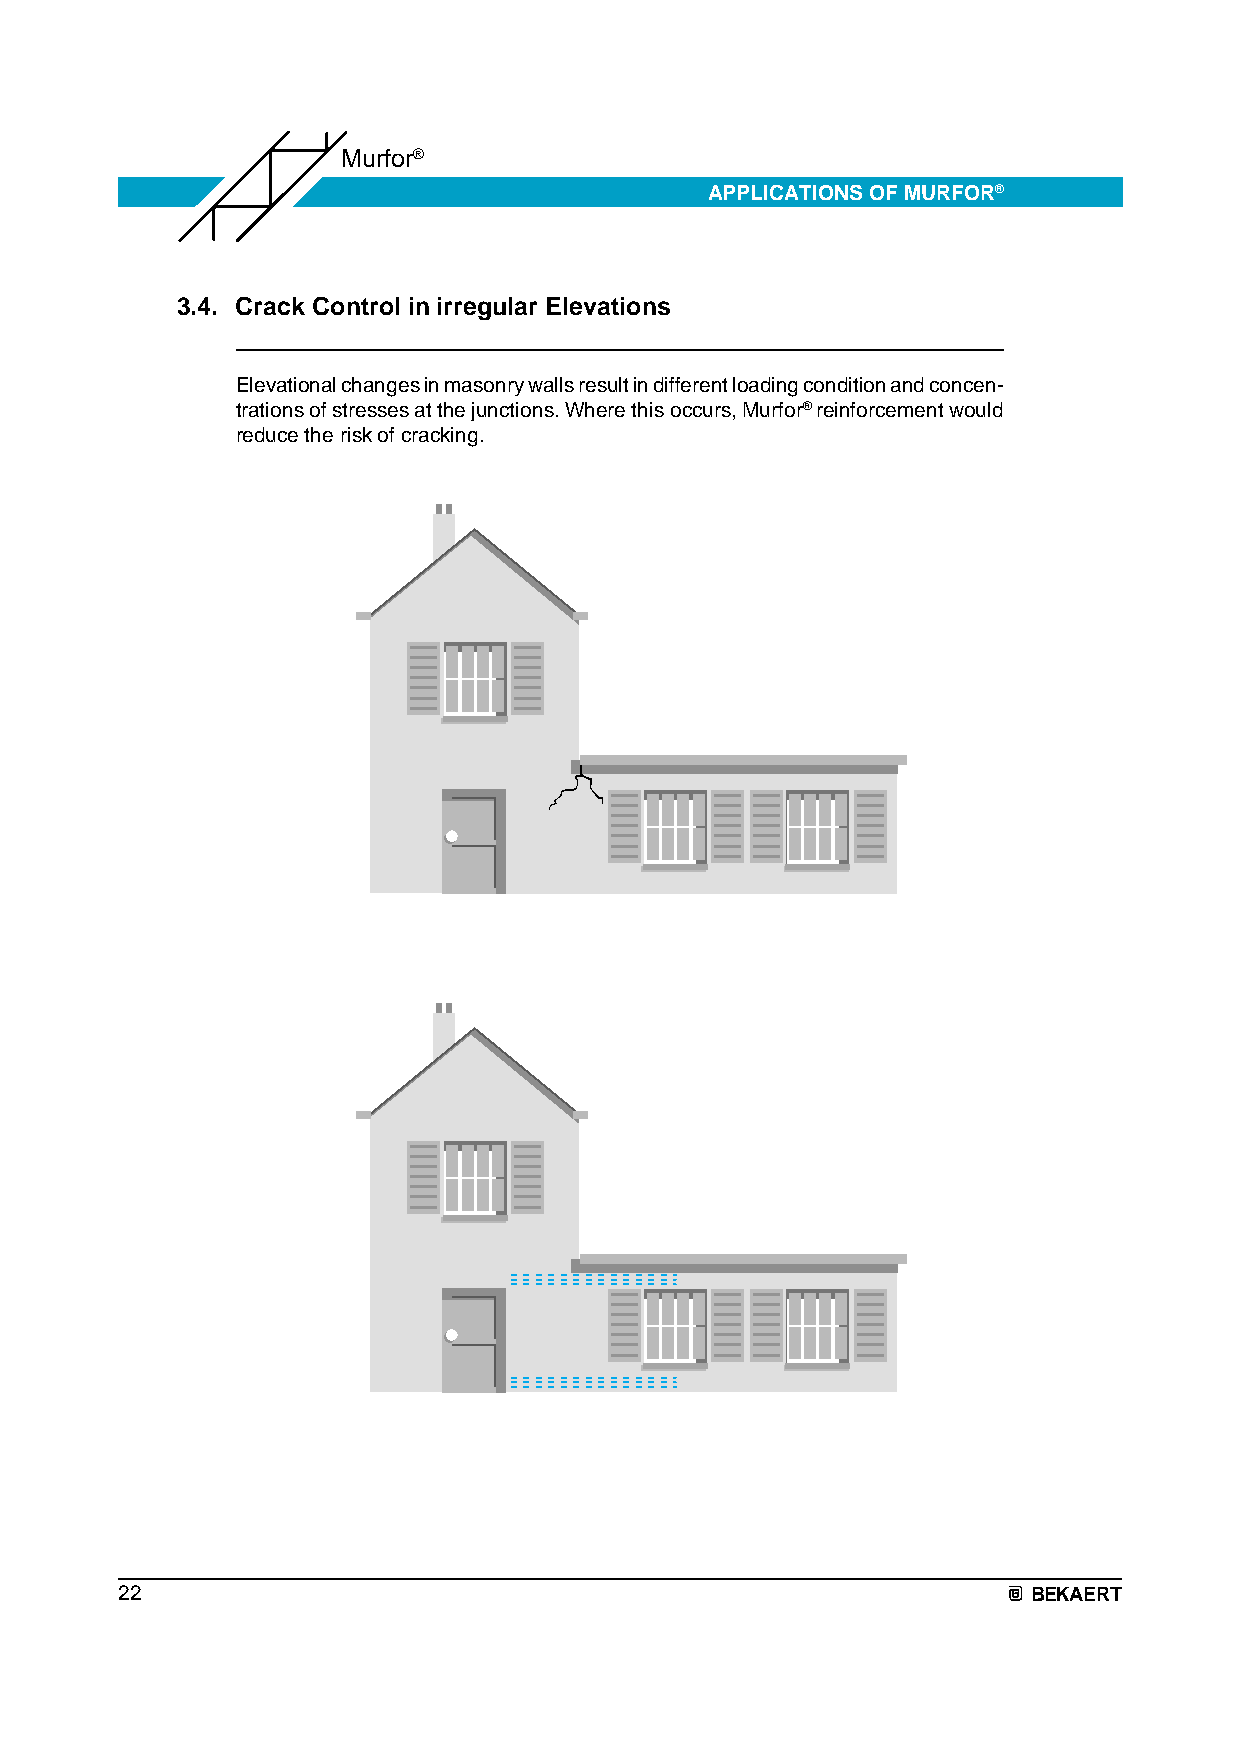
Murfor®
 APPLICATIONS OF MURFOR®
 3.4. Crack Control in irregular Elevations
 Elevational changes in masonry walls result in different loading condition and concen-
 trations of stresses at the junctions. Where this occurs, Murfor® reinforcement would
 reduce the risk of cracking.
 22                                                          BEKAERT